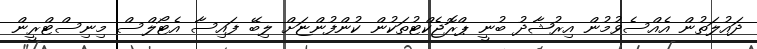
ދައުލަތުން އެއްސެވުމުން އިރުޝާދު ބުނީ ޕްރޮޖެކްޓުތަކުން ކުންފުންޏަށް ލިބޭ ފައިސާ އެޓޯލްސް މިނިސްޓްރީން